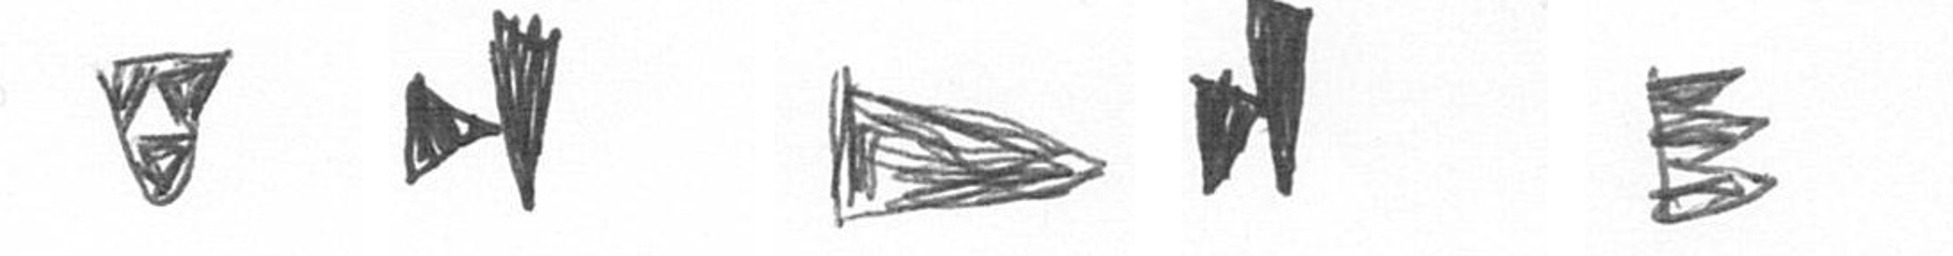
S M T M H